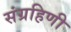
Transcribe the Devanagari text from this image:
संग्रहिणी